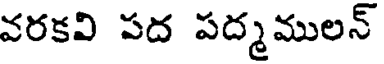
వరకవి పద పద్మములన్